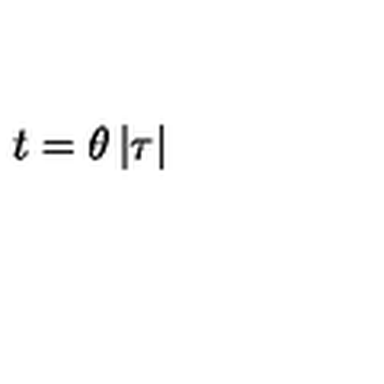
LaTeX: t = \theta \left| \tau \right|